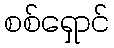
စစ်ရှောင်